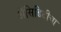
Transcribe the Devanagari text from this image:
अॅसिडिटीचा